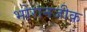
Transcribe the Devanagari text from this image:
भोरानजीक